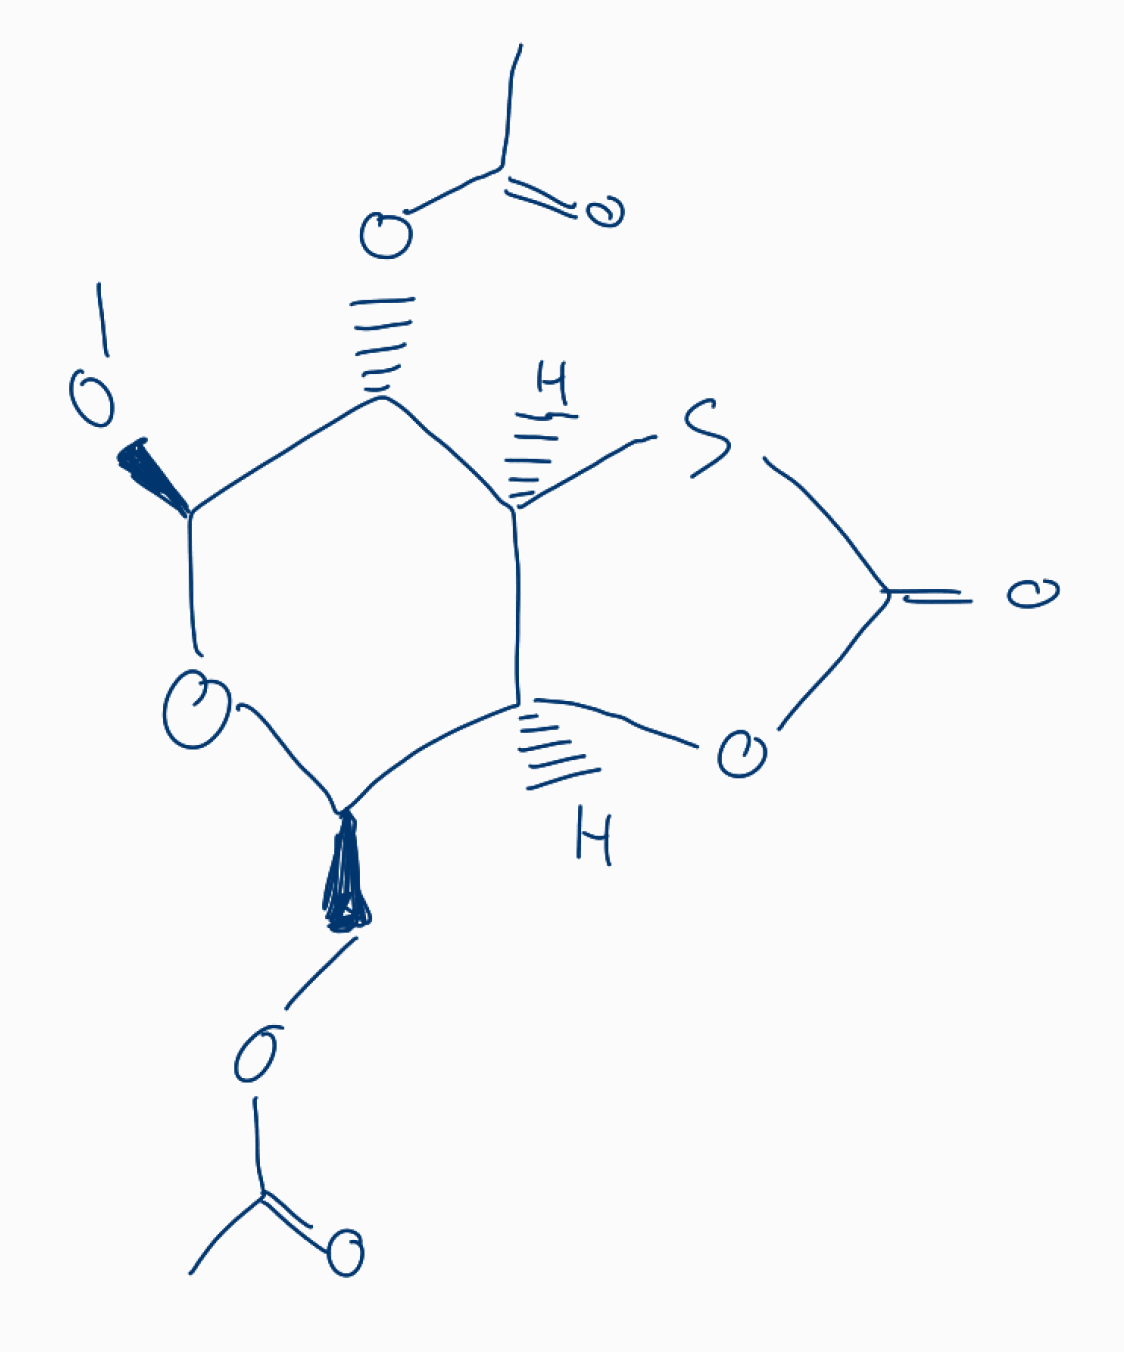
Simplified molecular-input line-entry system (SMILES) notation of the given molecule:
CC(=O)OC[C@@H]1[C@H]2[C@@H]([C@H]([C@@H](O1)OC)OC(=O)C)SC(=O)O2